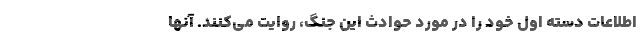
اطلاعات دسته اول خود را در مورد حوادث این جنگ، روایت می‌کنند. آنها